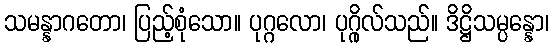
သမန္နာဂတော၊ ပြည့်စုံသော။ ပုဂ္ဂလော၊ ပုဂ္ဂိုလ်သည်။ ဒိဋ္ဌိသမ္ပန္နော၊